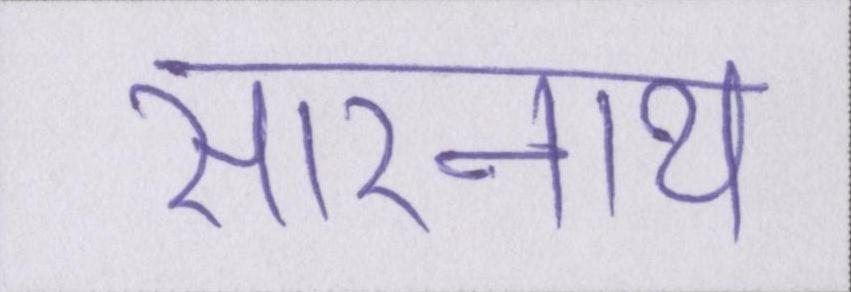
सारनाथ